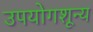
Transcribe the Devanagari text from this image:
उपयोगशून्य